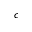
c